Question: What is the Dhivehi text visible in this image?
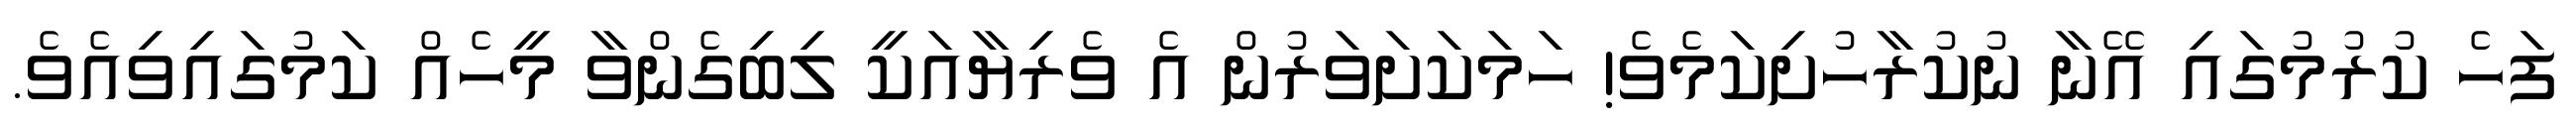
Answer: ފަހެ ކުރުމުގައި އޭނާ ނުކުރާހުށިކަމެވެ! ހަމަކަށަވަރުން އެ ވެރިޔާއަކީ ލިބިގެންވާ މީހެއް ކަމުގައިވިއެވެ.